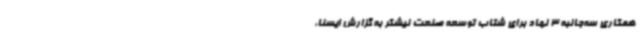
همکاری سه‌جانبه 3 نهاد برای شتاب توسعه صنعت نیشکر به گزارش ایسنا،